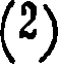
(2)